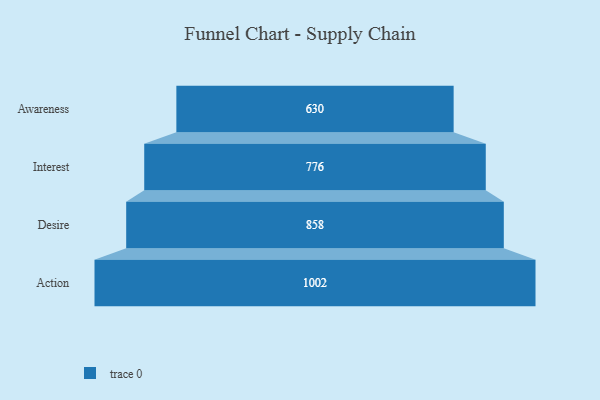
{"axis": {"x": "Stage", "y": "Value"}, "legend": [""], "data": [{"x": "Awareness", "y": 630.0, "type": ""}, {"x": "Interest", "y": 776.0, "type": ""}, {"x": "Desire", "y": 858.0, "type": ""}, {"x": "Action", "y": 1002.0, "type": ""}]}